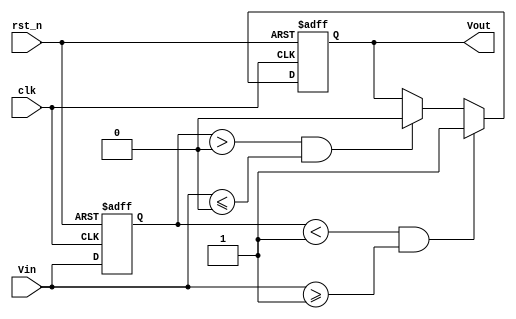
module schmitt_trigger_edge_detector (
    input wire clk,           // Clock signal
    input wire rst_n,        // Active low reset
    input wire Vin,          // Input signal to be monitored
    output reg Vout          // Output signal indicating edge detection
);

    // Threshold levels (for simulation purposes, these can be parameterized)
    parameter Vth_high = 1'b1; // Upper threshold
    parameter Vth_low  = 1'b0; // Lower threshold

    // State variables
    reg last_state;           // Last state of the input signal

    // Sequential logic to detect edges
    always @(posedge clk or negedge rst_n) begin
        if (!rst_n) begin
            // Reset condition
            Vout <= 1'b0;       // Output low on reset
            last_state <= 1'b0; // Initialize last state
        end else begin
            // Edge detection logic
            if (last_state < Vth_high && Vin >= Vth_high) begin
                // Rising edge detected
                Vout <= 1'b1; // Set output high
            end else if (last_state > Vth_low && Vin <= Vth_low) begin
                // Falling edge detected
                Vout <= 1'b0; // Set output low
            end
            // Update last state
            last_state <= Vin;
        end
    end

endmodule